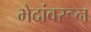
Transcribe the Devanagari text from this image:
भेदांवरून